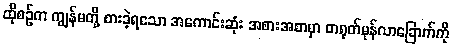
ထိုစဉ်က ကျွန်မတို့ စားခဲ့ရသော အကောင်းဆုံး အစားအစာမှာ တရုတ်မုန်လာခြောက်ကို